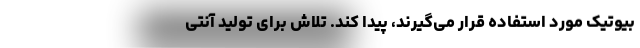
بیوتیک مورد استفاده قرار می‌گیرند، پیدا کند. تلاش برای تولید آنتی